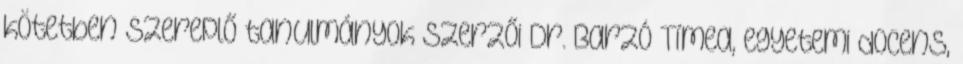
kötetben szereplő tanulmányok szerzői Dr. Barzó Tímea, egyetemi docens,